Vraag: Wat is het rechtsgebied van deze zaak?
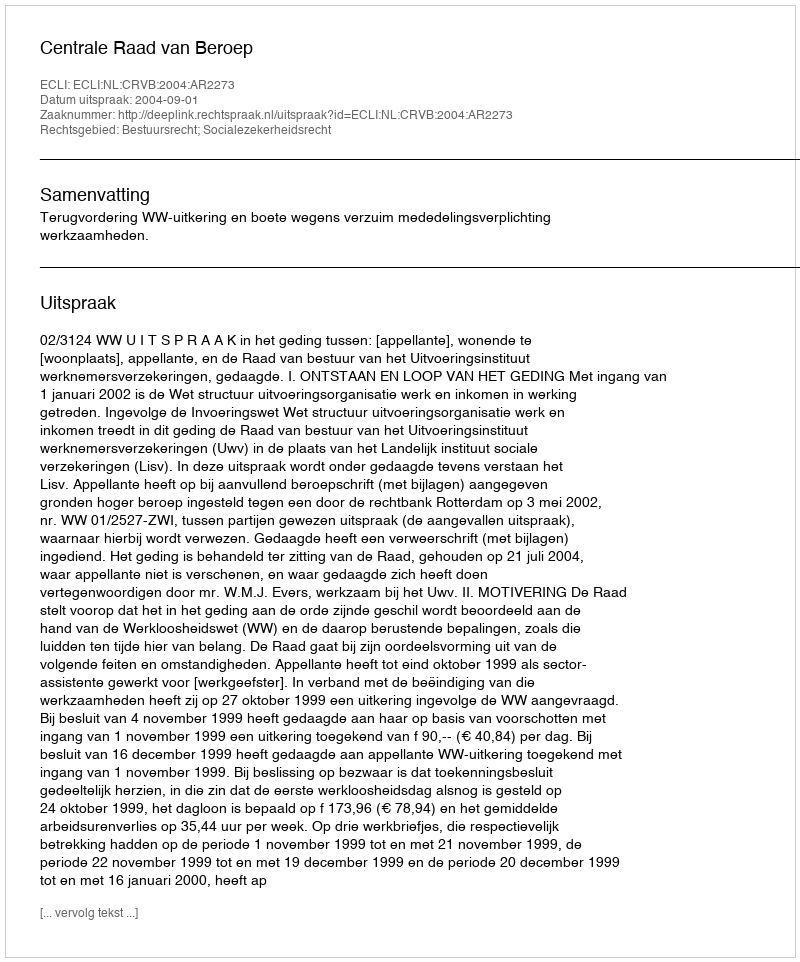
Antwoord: Bestuursrecht; Socialezekerheidsrecht